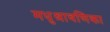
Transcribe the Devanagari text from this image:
मधुश्रावणिका